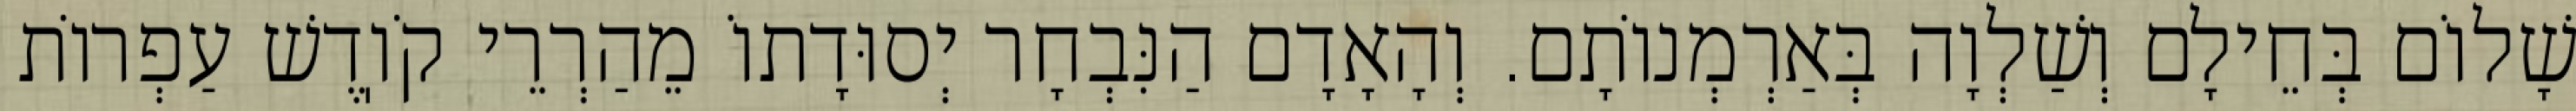
שָׁלוֹם בְּחֵילָם וְשַׁלְוָה בְּאַרְמְנוֹתָם. וְהָאָדָם הַנִּבְחָר יְסוּדָתוֹ מֵהַרְרֵי קֹוֽדֶשׁ עַפְרוֹת